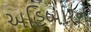
અહિબારન